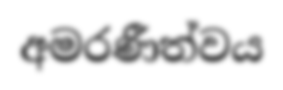
අමරණීත්වය